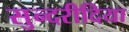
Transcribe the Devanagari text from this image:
सुन्दरीदिया